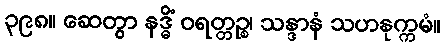
၃၉၈။ ဆေတွာ နဒ္ဓိံ ဝရတ္တဉ္စ၊ သန္ဒာနံ သဟနုက္ကမံ။